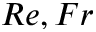
R e , F r